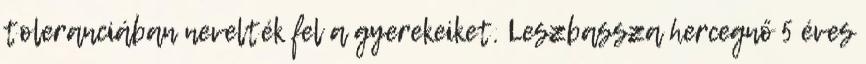
toleranciában nevelték fel a gyerekeiket. Leszbassza hercegnő 5 éves